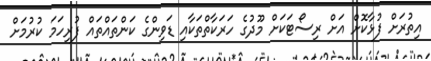
އިތުރަށް ފުޅާކޮށް އަށް ރިސޯޓަކަށް މޫދުގެ ހަރަކާތްތަކާއި ޑަވިންގެ ކަންތައްތައް ފުރިހަމަ ކުރުމަށް